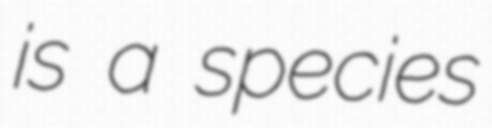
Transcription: is a species